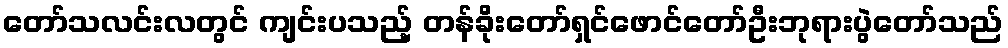
တော်သလင်းလတွင် ကျင်းပသည့် တန်ခိုးတော်ရှင်ဖောင်တော်ဦးဘုရားပွဲတော်သည်